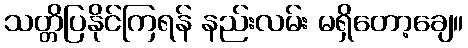
သတ္တိပြနိုင်ကြရန် နည်းလမ်း မရှိတော့ချေ။